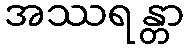
အဿရန္တာ